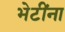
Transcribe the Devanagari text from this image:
भेटींना